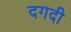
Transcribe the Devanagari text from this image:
दगदी